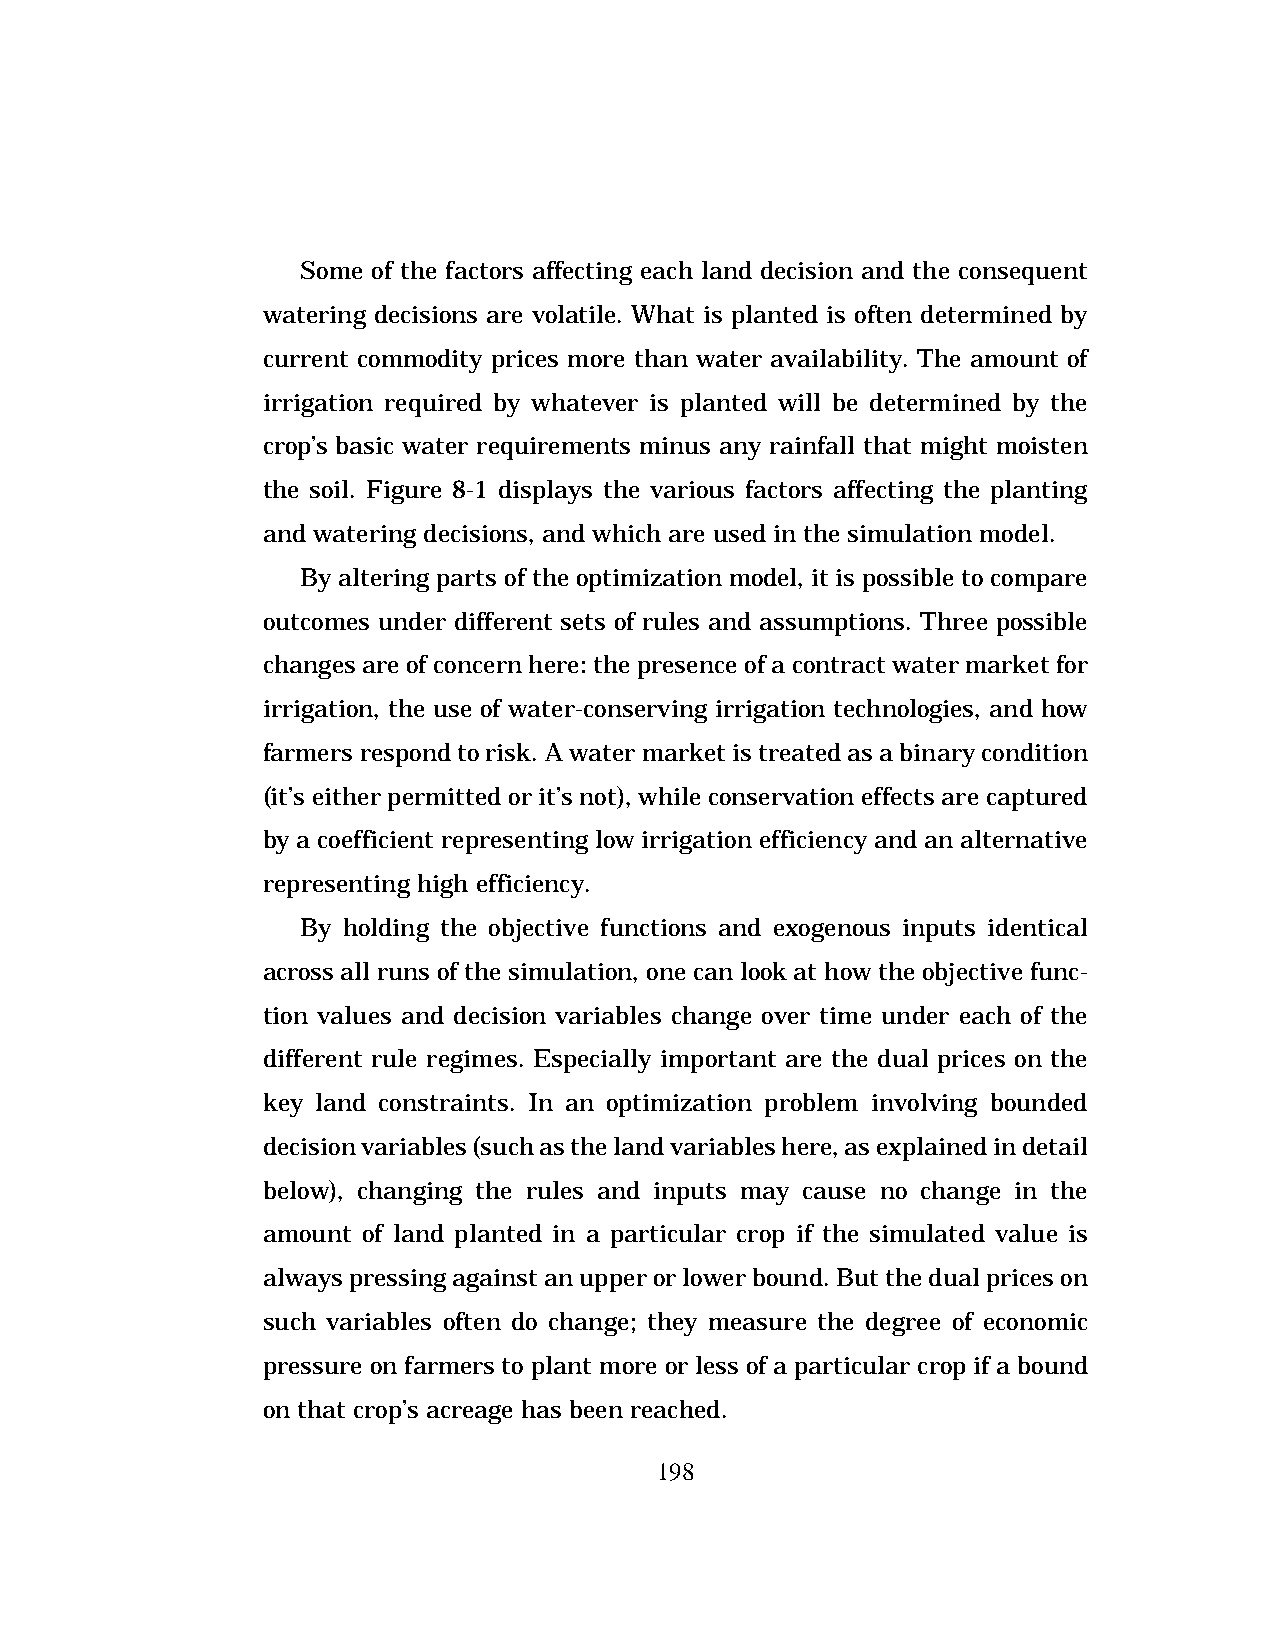
Some of the factors affecting each land decision and the consequent
 watering decisions are volatile. What is planted is often determined by
 current commodity prices more than water availability. The amount of
 irrigation required by whatever is planted will be determined by the
 crop’s basic water requirements minus any rainfall that might moisten
 the soil. Figure 8-1 displays the various factors affecting the planting
 and watering decisions, and which are used in the simulation model.
 By altering parts of the optimization model, it is possible to compare
 outcomes under different sets of rules and assumptions. Three possible
 changes are of concern here: the presence of a contract water market for
 irrigation, the use of water-conserving irrigation technologies, and how
 farmers respond to risk. A water market is treated as a binary condition
 (it’s either permitted or it’s not), while conservation effects are captured
 by a coefficient representing low irrigation efficiency and an alternative
 representing high efficiency.
 By holding the objective functions and exogenous inputs identical
 across all runs of the simulation, one can look at how the objective func-
 tion values and decision variables change over time under each of the
 different rule regimes. Especially important are the dual prices on the
 key land constraints. In an optimization problem involving bounded
 decision variables (such as the land variables here, as explained in detail
 below), changing the rules and inputs may cause no change in the
 amount of land planted in a particular crop if the simulated value is
 always pressing against an upper or lower bound. But the dual prices on
 such variables often do change; they measure the degree of economic
 pressure on farmers to plant more or less of a particular crop if a bound
 on that crop’s acreage has been reached.
 198